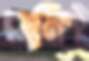
ঘানিই